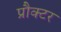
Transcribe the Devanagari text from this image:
प्रौक्टर